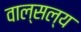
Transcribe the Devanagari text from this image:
वाल्सल्य